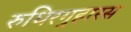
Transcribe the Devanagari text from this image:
रुधिरगुहारस